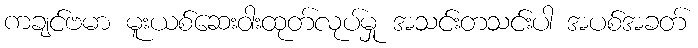
ကချင်ဗမာ မူးယစ်ဆေးဝါးထုတ်လုပ်မှု အသင်းတသင်းပါ အပစ်အခတ်